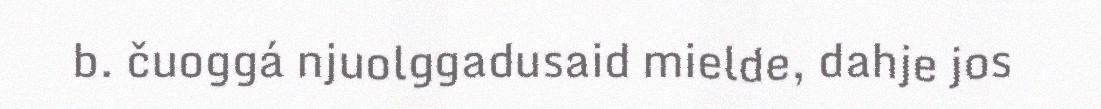
b. čuoggá njuolggadusaid mielde, dahje jos